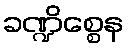
ခဏ္ဍိစ္စေန